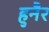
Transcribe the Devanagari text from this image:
हुनैर